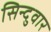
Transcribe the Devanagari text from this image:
सिन्दुवार